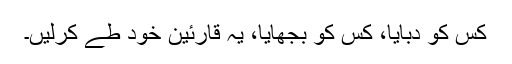
کس کو دبایا، کس کو بجھایا، یہ قارئین خود طے کرلیں۔